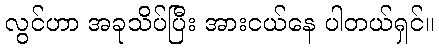
လွင်ဟာ အခုသိပ်ပြီး အားငယ်နေ ပါတယ်ရှင်။